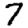
Digit: 7